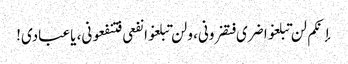
إنکم لن تبلغوا ضری فتضرونی، ولن تبلغوا نفعی فتنفعونی، یاعبادی!